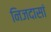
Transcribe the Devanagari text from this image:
निजदासां